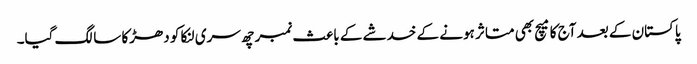
پاکستان کے بعد آج کا میچ بھی متاثر ہونے کے خدشے کے باعث نمبر چھ سری لنکا کو دھڑکا سا لگ گیا۔